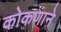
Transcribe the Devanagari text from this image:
कोकणाने